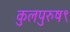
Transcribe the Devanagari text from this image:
कुलपुरुष९